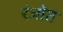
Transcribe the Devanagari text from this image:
रंजोत